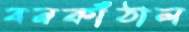
বনকাঁঠাল